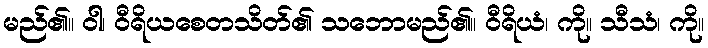
မည်၏။ ဝါ၊ ဝီရိယစေတသိတ်၏ သဘောမည်၏။ ဝီရိယံ၊ ကို။ သီသံ၊ ကို။